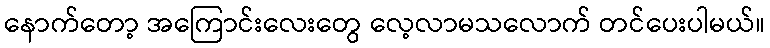
နောက်တော့ အကြောင်းလေးတွေ လေ့လာမသလောက် တင်ပေးပါမယ်။